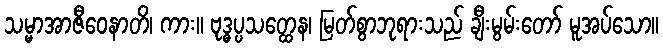
သမ္မာအာဇီဝေနာတိ၊ ကား။ ဗုဒ္ဓပ္ပသတ္ထေန၊ မြတ်စွာဘုရားသည် ချီးမွမ်းတော် မူအပ်သော။